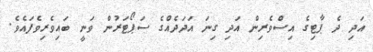
އަދި ދެ ޕާޓިގެ އިސްވެރިން އަދި ގިނަ އަދަދެއްގެ ސަޕޯޓަރުން ވަނީ ބައިވެރިވެފައެވެ.